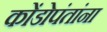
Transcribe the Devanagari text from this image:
कोंडोपंतांना